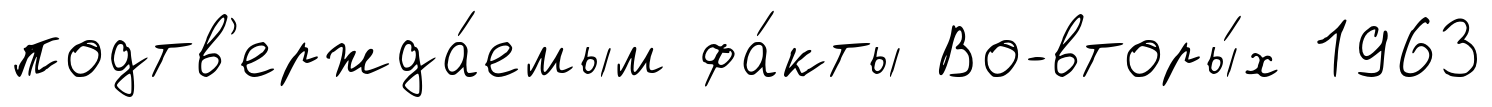
подтв'ержда́емым фа́кты Во-вторы́х 1963